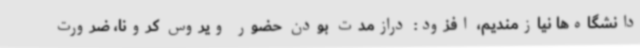
دانشگاه‌ها نیازمندیم، افزود: درازمدت بودن حضور ویروس کرونا، ضرورت